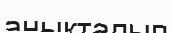
анықталып